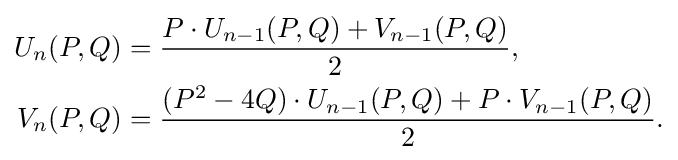
{\begin{aligned}U_{n}(P,Q)&={\frac {P\cdot U_{n-1}(P,Q)+V_{n-1}(P,Q)}{2}},\\V_{n}(P,Q)&={\frac {(P^{2}-4Q)\cdot U_{n-1}(P,Q)+P\cdot V_{n-1}(P,Q)}{2}}.\end{aligned}}